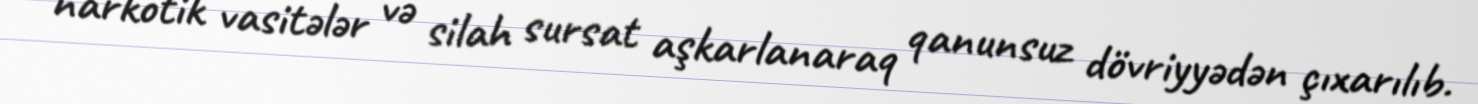
narkotik vasitələr və silah sursat aşkarlanaraq qanunsuz dövriyyədən çıxarılıb.